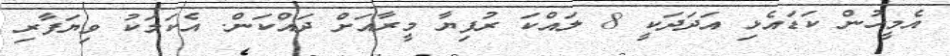
އެމީހުން ކަޑައެޅި އަދަދަކީ 8 ލައްކަ ރުފިޔާ މީރާއަށް ދައްކަން. އެކަމަކު ވިޔަފާރި